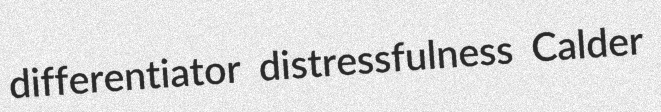
differentiator distressfulness Calder